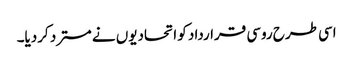
اسی طرح روسی قرارداد کو اتحادیوں نے مسترد کردیا۔